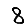
Digit: 8